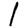
Digit: 1